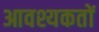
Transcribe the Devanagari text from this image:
आवश्यकतों